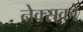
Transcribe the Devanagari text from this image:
नेक्सको